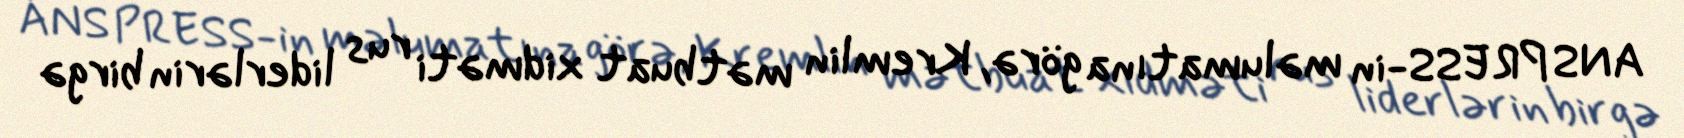
ANS PRESS-in məlumatına görə, Kremlin mətbuat xidməti rus liderlərin birgə